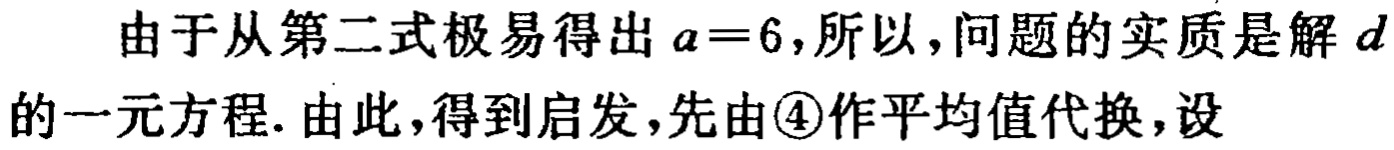
由于从第二式极易得出 \(a = 6\)，所以，问题的实质是解 \(d\)的一元方程. 由此，得到启发，先由\textcircled{4}作平均值代换，设